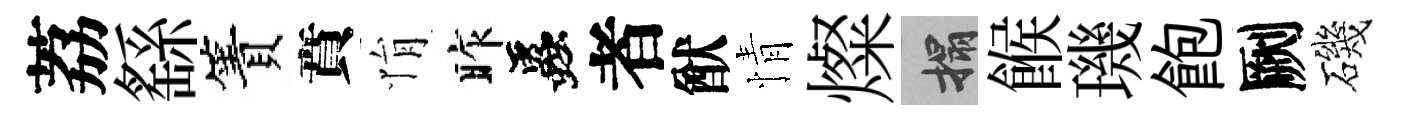
荔繇簀賁悁昨蟲者猷情燦搨餱璣飽劂磯